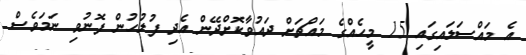
އެ މައްސަލައިގައި 15 މީހެއްގެ މައްޗަށް ދައުވާކޮށްދޭން އެދި ފުލުހުން ފޮނުވި ނަމަވެސް